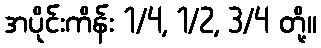
အပိုင်းကိန်း 1/4, 1/2, 3/4 တို့။